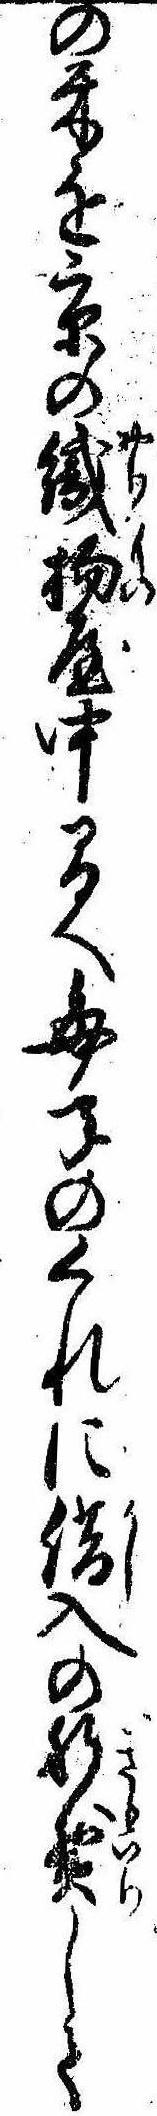
の米を京の織物屋中間へ毎年のくれに借入の肝煎して